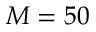
M = 5 0